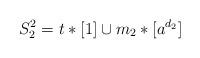
LaTeX: \begin{align*}S_2^2=t*[1]\cup m_2*[a^{d_2}]\end{align*}